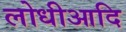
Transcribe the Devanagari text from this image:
लोधीआदि